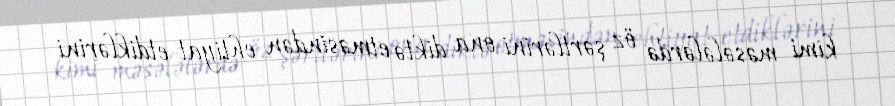
kimi məsələlərdə öz şərtlərini ona diktə etməsindən ehtiyat etdiklərini